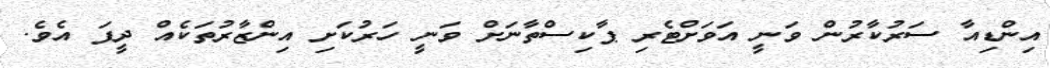
އިންޑިއާ ސަރުކާރުން ވަނީ އަވަށްޓެރި ޕާކިސްތާނަށް ވަނީ ހަރުކަށި އިންޒާރުތަކެއް ދީފަ އެވެ.